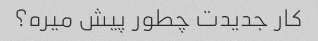
کار جدیدت چطور پیش میره؟